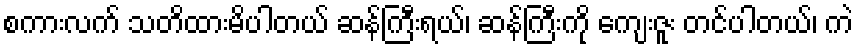
စကားလက် သတိထားမိပါတယ် ဆန်ကြီးရယ်၊ ဆန်ကြီးကို ကျေးဇူး တင်ပါတယ်၊ ကဲ